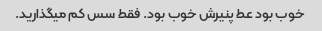
خوب بود عط پنیرش خوب بود. فقط سس کم میگذارید.